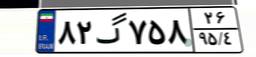
۸۲گ۷۵۸۲۶